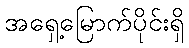
အရှေ့မြောက်ပိုင်းရှိ